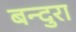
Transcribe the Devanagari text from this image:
बन्दुरा